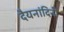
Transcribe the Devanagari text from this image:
दैयनांदिनी